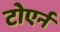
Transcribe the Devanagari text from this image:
टोएर्न